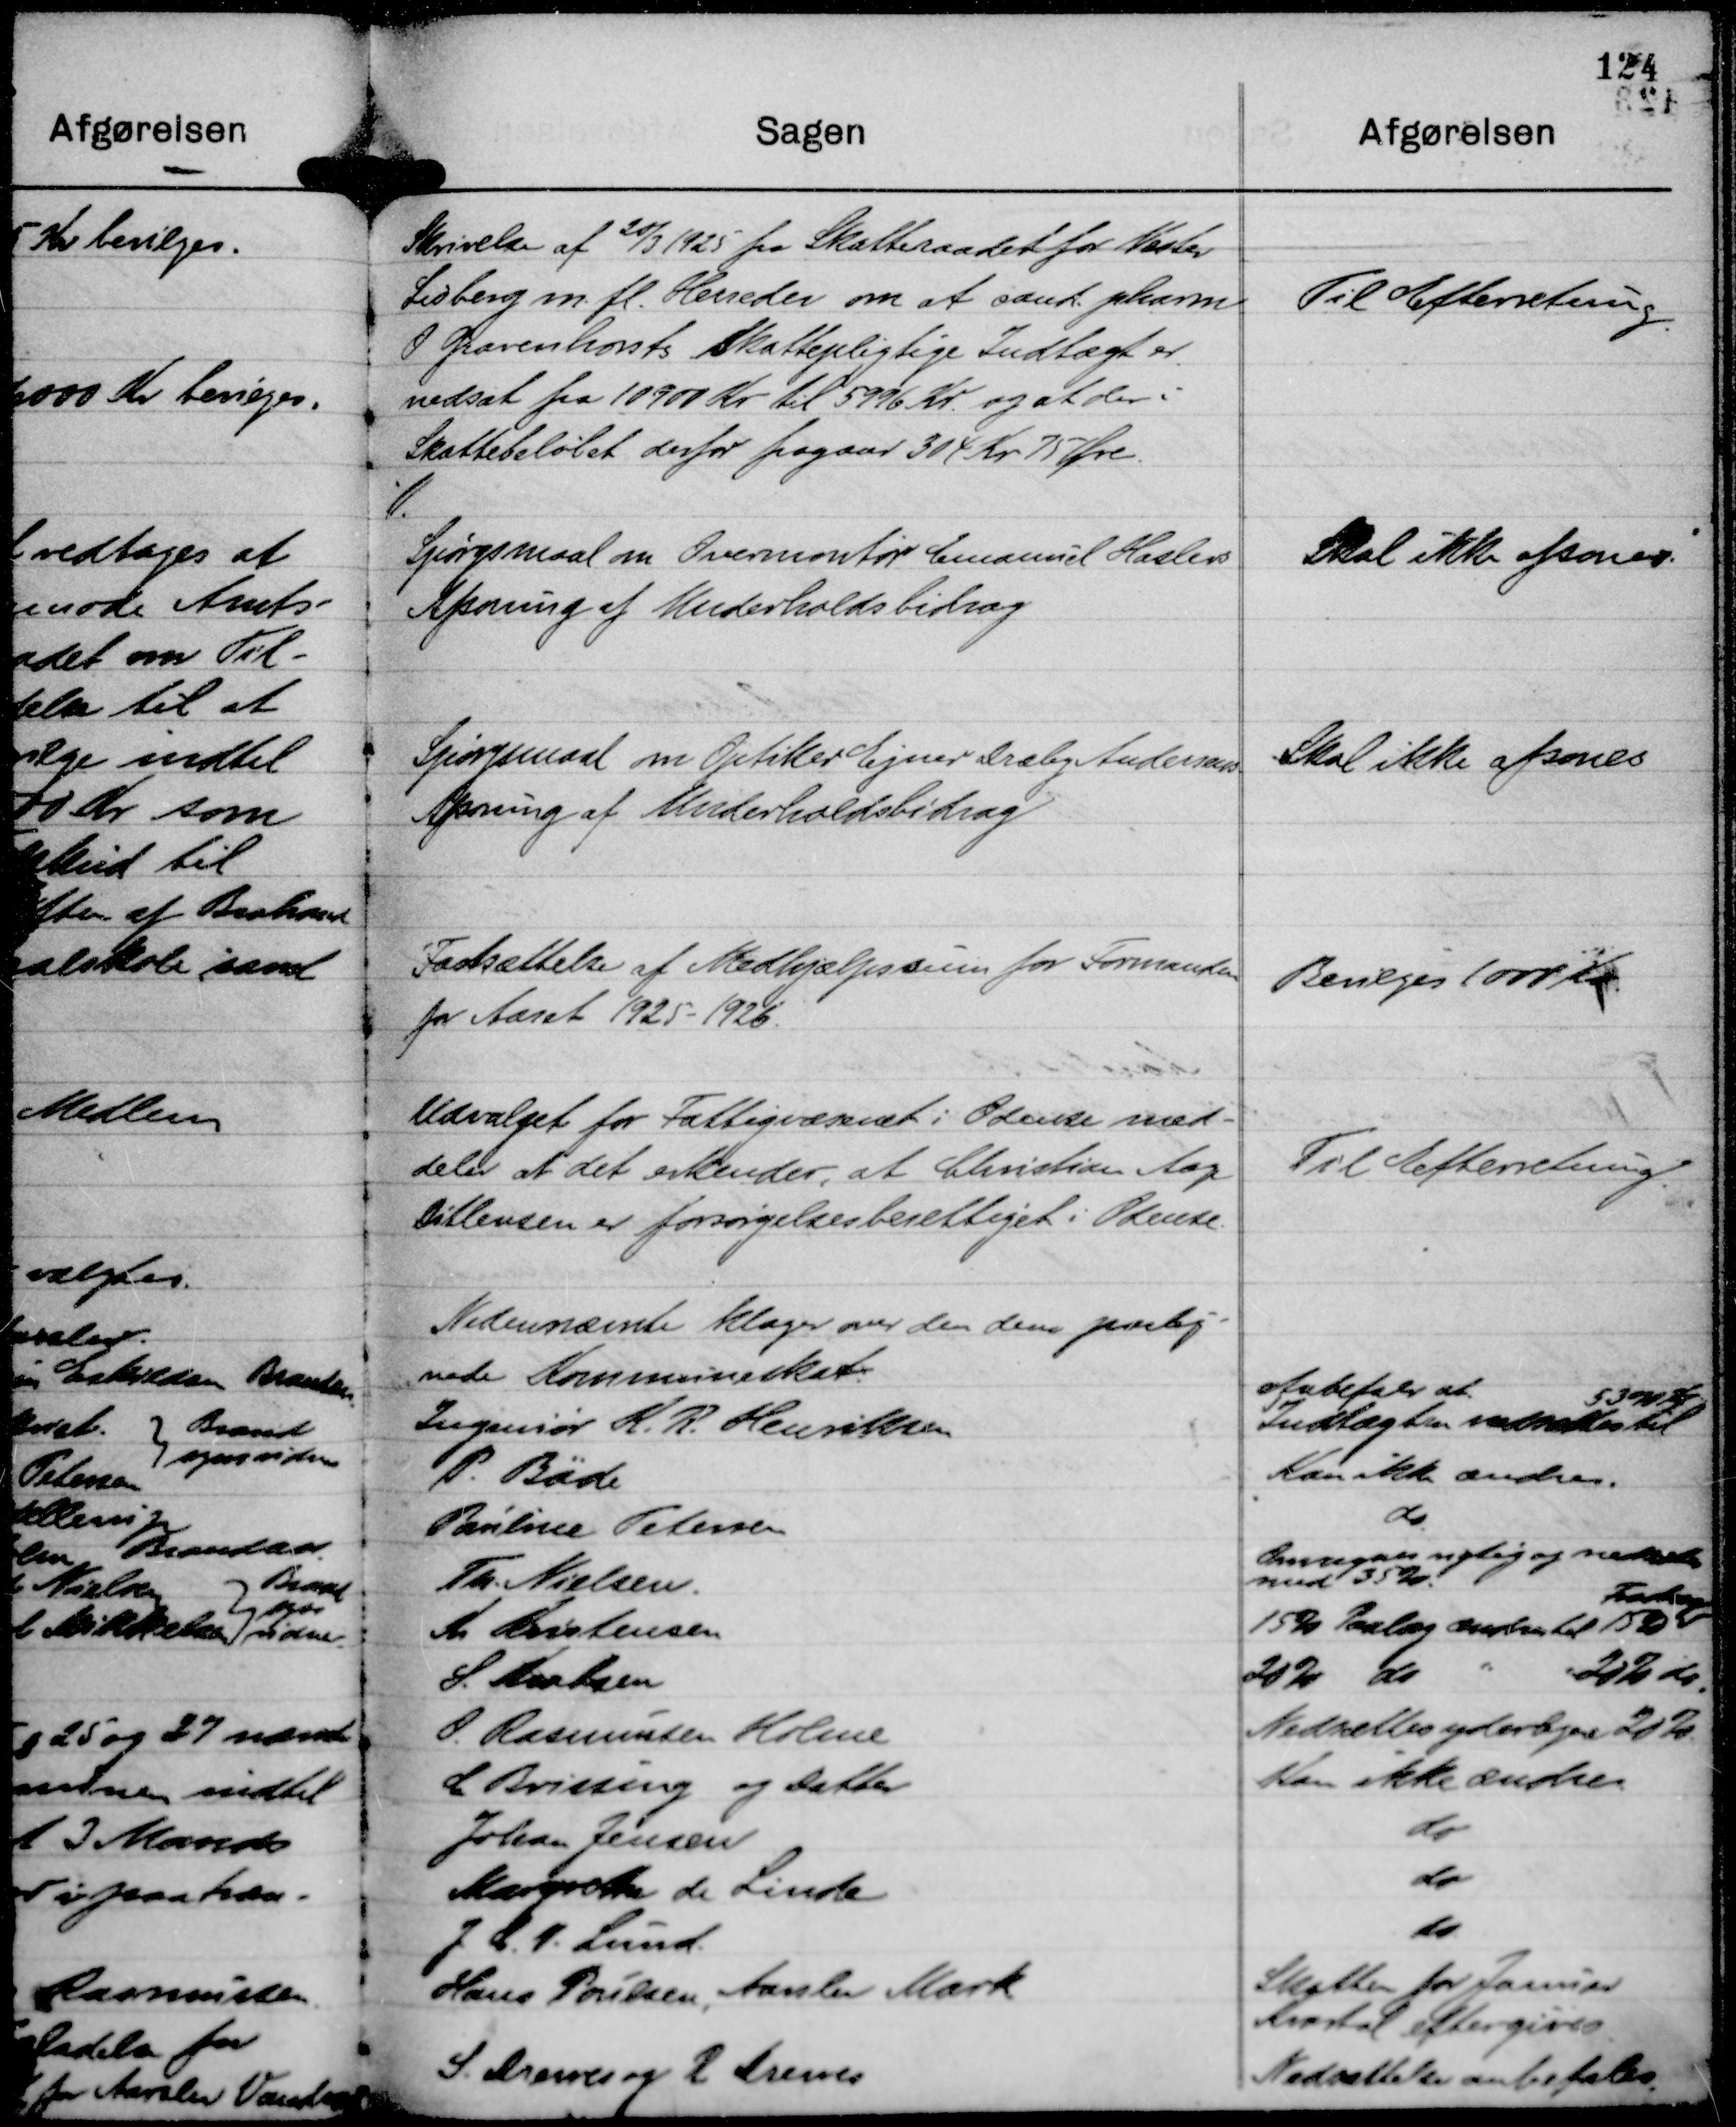
Transskription:
Skrivelse af 20/3 1925 fra Skatteraadet for Vester
Lisberg m. fl. Herreder om at cand. pharm
O Gravenhorsts Skattepligtige Indyægt er
nedsat fra 10900 Kr til 5996 Kr. og at der i
Skattebeløbet derfor fragaar 304 Kr 75 Øre.

Til Efterretning.

Spørgsmaal om Overmontør Emanuel Haslevs
Afsoning af Underholdsbidrag

Skal ikke afsones.

Spørgsmaal om Optiker Ejner Dræby Andersens.
Afsoning af Underholdsbidrag

Skal ikke afsones

Fastsættelse af Medhjælpssum for Formanden
for Aaret 1925-1926.

Bevilges 1000 Kr.

Udvalget for Fattigvæsenet i Odense med-
deler at det erkender, at Christian Aage
Ditlevsen er forsørgelsesberettiget i Odense.

Til Efterretning.